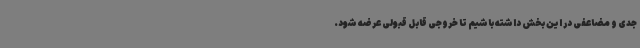
جدی و مضاعفی در این بخش داشته باشیم تا خروجی قابل قبولی عرضه شود.